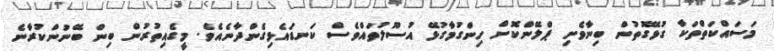
މަސައްކަތްތަކާ ގުޅޭގޮތުން ބިނާވެށި ޕްލޭންކޮށް ހިންގުމާގުޅޭ އުސޫލުތައްވެސް ކަނޑައެޅިގެންދާނެއެވެ. މީގެއިތުރުން ބިން ބޭނުންކުރާނެ